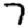
Digit: 7